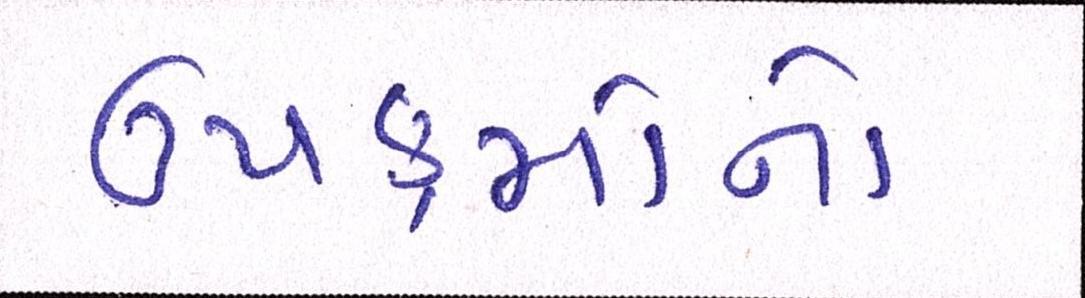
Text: ઉપક્રમોનો